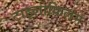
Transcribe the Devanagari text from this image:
टाइलोफिलम